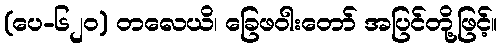
(ပေ-၆၂၀) တလေယိ၊ ခြေဖဝါးတော် အပြင်တို့ဖြင့်။